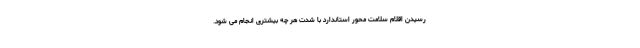
رسیدن اقلام سلامت محور استاندارد با شدت هر چه بیشتری انجام می شود.